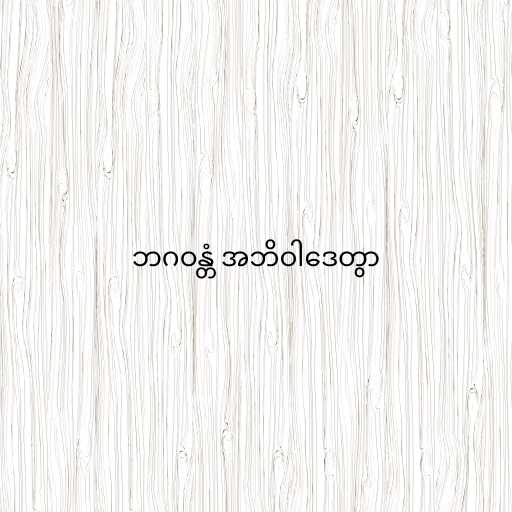
ဘဂဝန္တံ အဘိဝါဒေတွာ